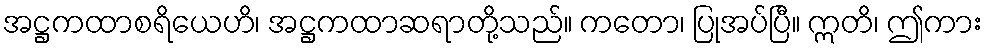
အဋ္ဌကထာစရိယေဟိ၊ အဋ္ဌကထာဆရာတို့သည်။ ကတော၊ ပြုအပ်ပြီ။ ဣတိ၊ ဤကား